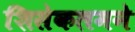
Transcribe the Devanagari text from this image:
शिसेकलमने